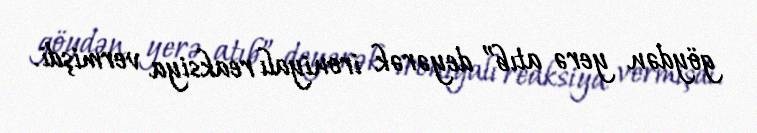
göydən yerə atıb” deyərək ironiyalı reaksiya vermişdi.